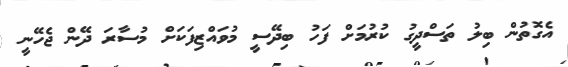
އެގޮތުން ބިލު ތަސްދީގު ކުރުމަށް ފަހު ބިދޭސީ މުވައްޒިފަކަށް މުސާރަ ދޭން ޖެހޭނީ